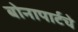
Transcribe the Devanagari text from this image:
बोनापार्टचे